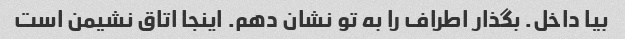
بیا داخل. بگذار اطراف را به تو نشان دهم. اینجا اتاق نشیمن است